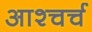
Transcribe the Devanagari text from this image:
आश्चर्च